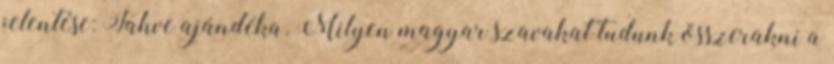
jelentése: Jahve ajándéka. Milyen magyar szavakat tudunk összerakni a